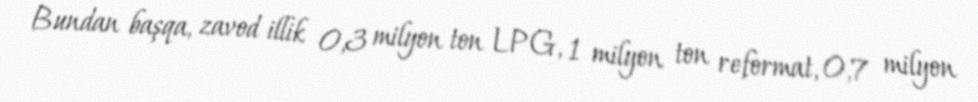
Bundan başqa, zavod illik 0,3 milyon ton LPG, 1 milyon ton reformat, 0,7 milyon